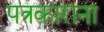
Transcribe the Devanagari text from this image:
पत्रकाराना